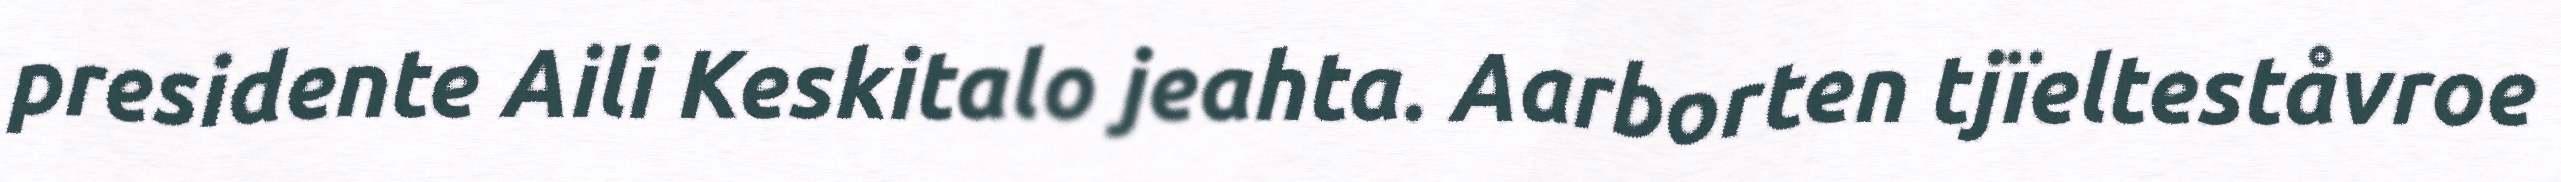
presidente Aili Keskitalo jeahta. Aarborten tjïelteståvroe